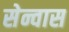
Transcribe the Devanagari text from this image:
सेन्वास